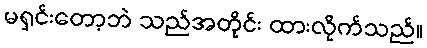
မရှင်းတော့ဘဲ သည်အတိုင်း ထားလိုက်သည်။